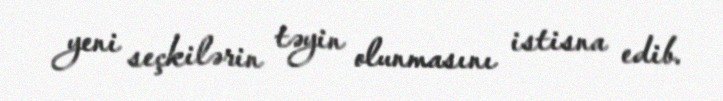
yeni seçkilərin təyin olunmasını istisna edib.